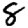
Digit: 8